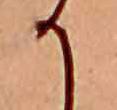
か